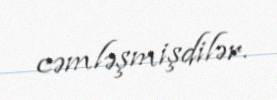
cəmləşmişdilər.